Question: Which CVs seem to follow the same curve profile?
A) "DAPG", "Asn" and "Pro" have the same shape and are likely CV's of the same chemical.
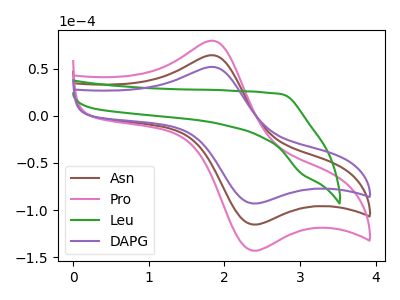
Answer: <think>The brown curve "Asn" has an anodic peak at (1.85V, 64.10uA) and a cathodic peak at (2.35V, -114.60uA). The pink curve "Pro" has an anodic peak at (1.85V, 128.20uA) and a cathodic peak at (2.35V, -229.20uA). The green curve "Leu" has no peaks. The purple curve "DAPG" has an anodic peak at (1.85V, 51.70uA) and a cathodic peak at (2.35V, -92.40uA).
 All the peaks in "Asn" have a peak in "Pro" at the same potential. Every peak in "Asn" is lower than every peak in "Pro". "Asn" and "Leu" have a different number of peaks. All the peaks in "Asn" have a peak in "DAPG" at the same potential. Every peak in "Asn" is higher than every peak in "DAPG". "Pro" and "Leu" have a different number of peaks. All the peaks in "Pro" have a peak in "DAPG" at the same potential. Every peak in "Pro" is higher than every peak in "DAPG". "Leu" and "DAPG" have a different number of peaks.</think>
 <answer>A) "DAPG", "Asn" and "Pro" have the same shape and are likely CV's of the same chemical.</answer>
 <eval>A</eval>